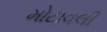
મોટાવલી